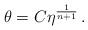
LaTeX: \begin{align*} \theta=C\eta^{\frac{1}{n+1}}\,.\end{align*}